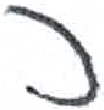
אות: כ